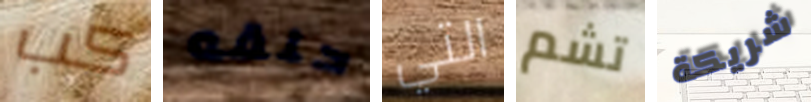
كب حلقه التي تشم شريكة